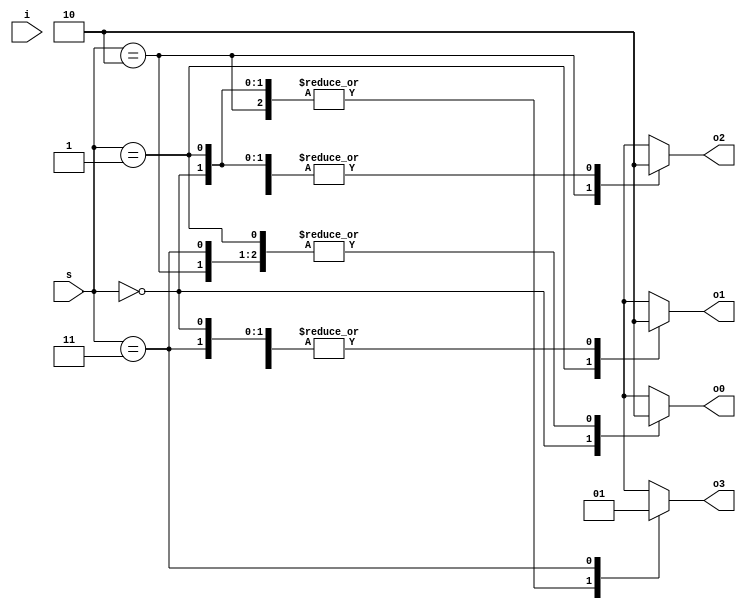
module Demultiplexer_1x4_Behavioral(
    o0,     // output 0 
    o1,     // output 1
    o2,     // output 2
    o3,     // output 3
    i,      // input 
    s       // mode sel
    );
    
    output o0;
    output o1;
    output o2;
    output o3;
    input i; 
    input [1:0]s;
    
    always@(*)
    begin
        casex(s)
            'b00:
                begin
                    o0 = 1;
                    o1 = 0;
                    o2 = 0;
                    o3 = 0;
                end
            'b01:
                begin
                    o0 = 0;
                    o1 = 1;
                    o2 = 0;
                    o3 = 0;
                end
            'b10:
                begin
                    o0 = 0;
                    o1 = 0;
                    o2 = 1;
                    o3 = 0;
                end
            'b11:
                begin
                    o0 = 0;
                    o1 = 0;
                    o2 = 0;
                    o3 = 1;
                end
        endcase
    end
endmodule